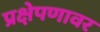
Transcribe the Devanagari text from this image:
प्रक्षेपणावर